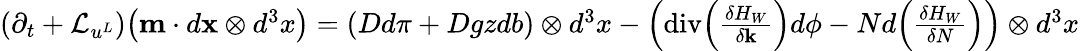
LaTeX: \begin{array}{r}{(\partial_{t}+\mathcal{L}_{u^{L}})\big(\mathbf{m}\cdot d{\mathbf{x}}\otimes d^{3}x\big)=\left(Dd\pi+Dgzdb\right)\otimes d^{3}x-\left(\mathrm{div}\Big(\frac{\delta H_{W}}{\delta{\mathbf{k}}}\Big)d\phi-Nd\Big(\frac{\delta H_{W}}{\delta N}\Big)\right)\otimes d^{3}x}\end{array}